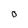
Character: O